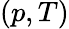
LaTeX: (p,T)